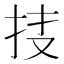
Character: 𢫇